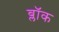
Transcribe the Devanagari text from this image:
ब्लाॅक